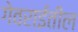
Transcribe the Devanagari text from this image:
गेवराईतील